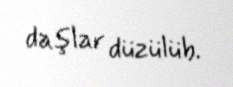
daşlar düzülüb.